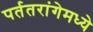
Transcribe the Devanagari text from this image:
पर्ततरांगेमध्ये